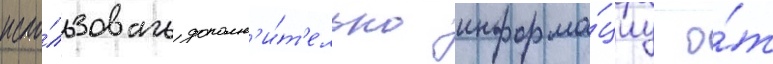
испо́льзовать дополн'и́т'ельно информа́циу о́т